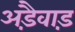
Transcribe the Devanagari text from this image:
अड़ैवाड़